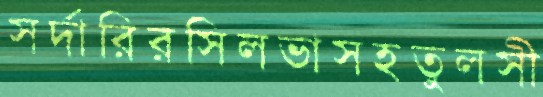
সর্দারিরসিলভাসহতুলসী